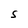
Character: S